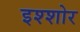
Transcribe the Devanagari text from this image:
इश्शोर